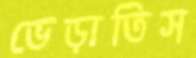
ভেড়াতিস